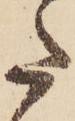
た